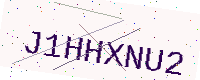
Text: J1HHXNU2